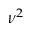
\nu ^ { 2 }